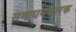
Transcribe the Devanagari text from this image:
समाधनकारक